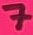
Text: 7